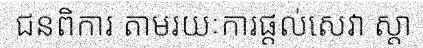
ជនពិការ តាមរយៈការផ្តល់សេវា ស្តា